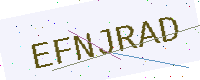
Text: EFNJRAD